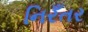
નિરઁતર